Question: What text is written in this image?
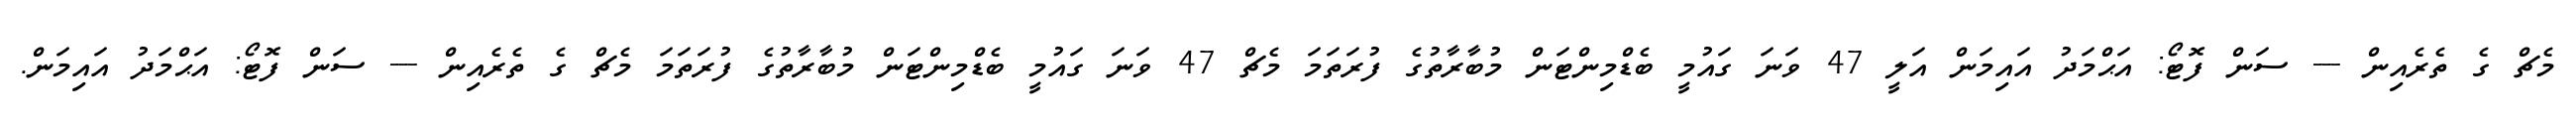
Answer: މެޗް ގެ ތެރެއިން --- ސަން ފޮޓޯ: އަޙްމަދު އައިމަން އަލީ 47 ވަނަ ގައުމީ ބެޑްމިންޓަން މުބާރާތުގެ ފުރަތަމަ މެޗް 47 ވަނަ ގައުމީ ބެޑްމިންޓަން މުބާރާތުގެ ފުރަތަމަ މެޗް ގެ ތެރެއިން --- ސަން ފޮޓޯ: އަޙްމަދު އައިމަން.